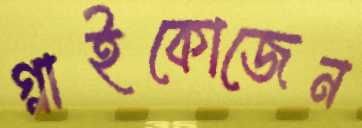
গ্লাইকোজেন